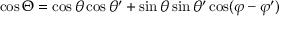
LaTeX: \cos \Theta = \cos \theta \cos \theta ^ { \prime } + \sin \theta \sin \theta ^ { \prime } \cos ( \varphi - \varphi ^ { \prime } )